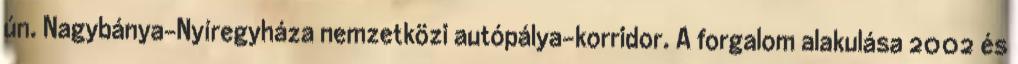
ún. Nagybánya–Nyíregyháza nemzetközi autópálya-korridor. A forgalom alakulása 2002 és